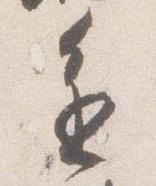
進